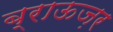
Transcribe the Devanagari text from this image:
ब्राऊज़र